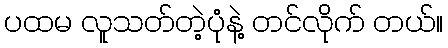
ပထမ လူသတ်တဲ့ပုံနဲ့ တင်လိုက် တယ်။